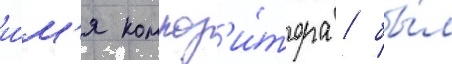
и́м'я композ'и́тора / бы́л